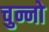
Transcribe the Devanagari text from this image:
चुन्नो